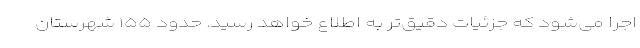
اجرا می‌شود که جزئیات دقیق‌تر به اطلاع خواهد رسید. حدود ۱۵۵ شهرستان